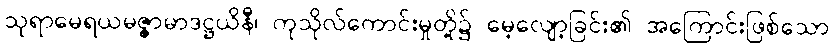
သုရာမေရယမဇ္ဇာမာဒဋ္ဌယိနီ၊ ကုသိုလ်ကောင်းမှုတို့၌ မေ့လျော့ခြင်း၏ အကြောင်းဖြစ်သော